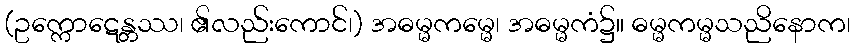
(ဥက္ကောဋေန္တဿ၊ ၏လည်းကောင်၊) အဓမ္မကမ္မေ၊ အဓမ္မကံ၌။ ဓမ္မကမ္မသညိနောက၊